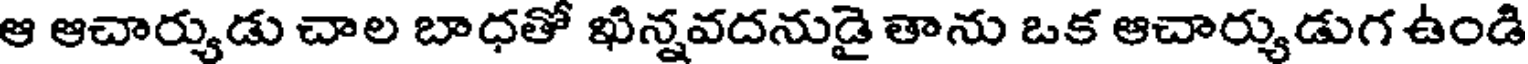
ఆ ఆచార్యుడు చాల బాధతో ఖిన్నవదనుడై తాను ఒక ఆచార్యుడుగ ఉండి